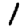
Digit: 1